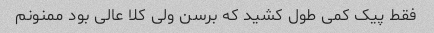
فقط پیک کمی طول کشید که برسن ولی کلا عالی بود ممنونم